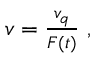
\begin{array} { r } { v = \frac { v _ { q } } { F ( t ) } \ , } \end{array}